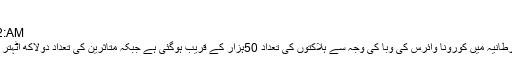
افسوسناک خبر
Jun 03, 2020 | 10:12:AM
لندن(ڈیلی پاکستان آن لائن)برطانیہ میں کورونا وائرس کی وبا کی وجہ سے ہلاکتوں کی تعداد 50ہزار کے قریب ہوگئی ہے جبکہ متاثرین کی تعداد دولاکھ اٹہتر ہزار سے تجاوز کرچی ہے۔